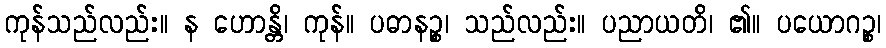
ကုန်သည်လည်း။ န ဟောန္တိ၊ ကုန်။ ပဓာနဉ္စ၊ သည်လည်း။ ပညာယတိ၊ ၏။ ပယောဂဉ္စ၊